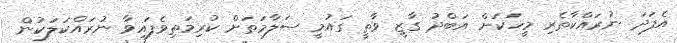
އެފަދަ ނުރައްކާތެރި މީހަކަށް އަބްދު ގާޒީ ވާތީ ގައުމީ ސަލާމަތަށް ކުރިމަތިވެފައިވާ ނުރައްކަލަކުން